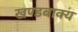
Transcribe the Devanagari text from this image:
खण्डबाक्य